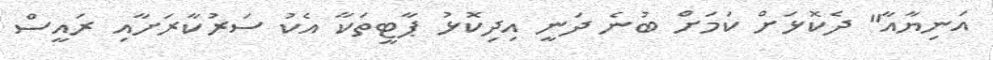
އަނިޔާއާ" ދެކޮޅަށް ކަމަށް ބުނެ ދަނީ އިދިކޮޅު ޕާޓީތަކާ އެކު ސަރުކާރަށާއި ރައީސް